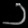
Digit: ၁